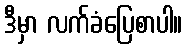
ဒီမှာ လက်ခံပြေစာပါ။